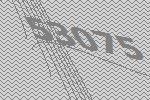
53075